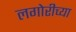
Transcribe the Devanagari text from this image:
लगोरीच्या